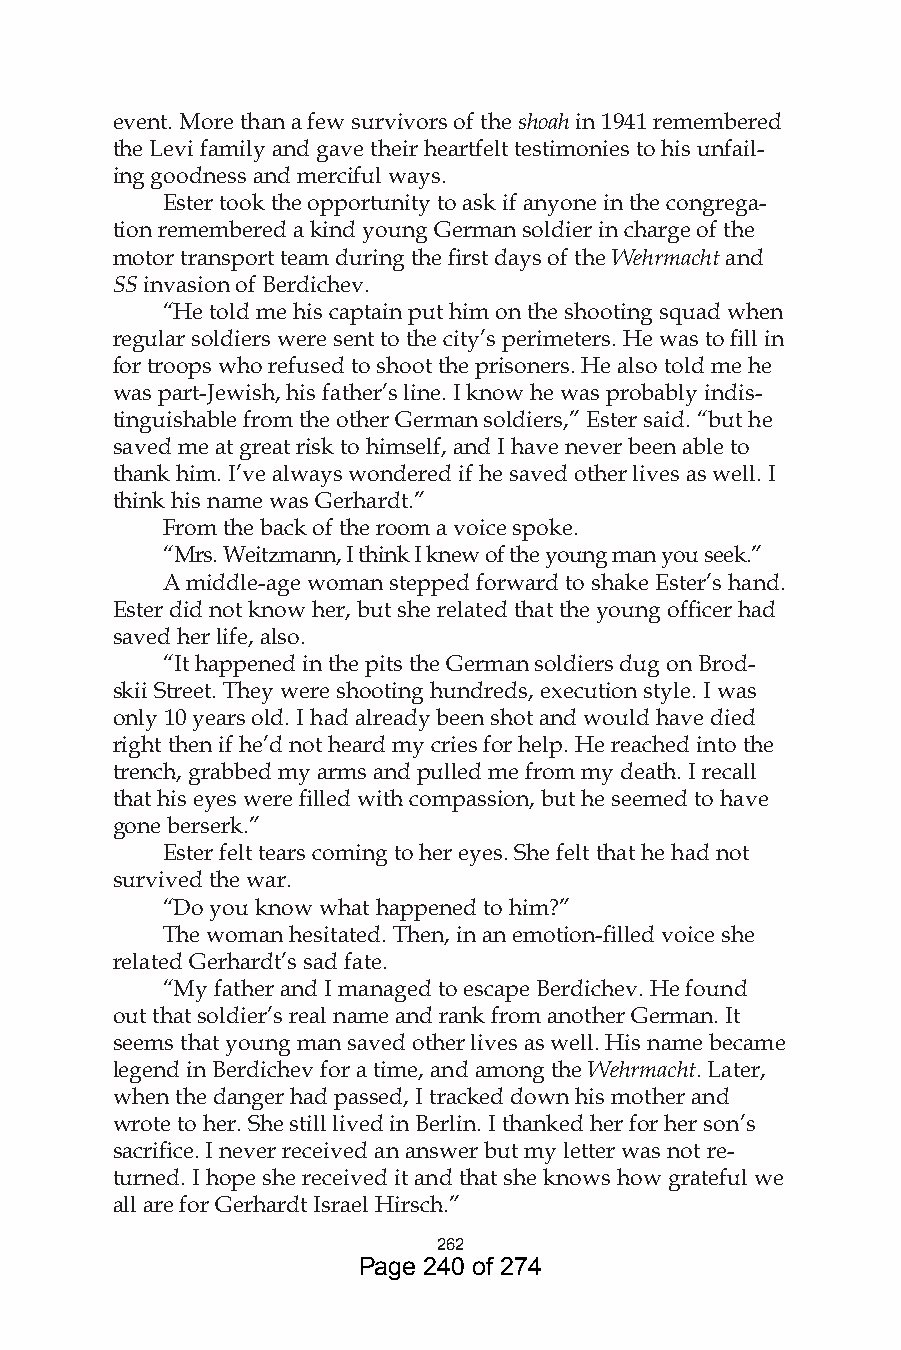
event. More than a few survivors of the shoah in 1941 remembered
 the Levi family and gave their heartfelt testimonies to his unfail-
 ing goodness and merciful ways.
 Ester took the opportunity to ask if anyone in the congrega-
 tion remembered a kind young German soldier in charge of the
 motor transport team during the first days of the Wehrmacht and
 SS invasion of Berdichev.
 “He told me his captain put him on the shooting squad when
 regular soldiers were sent to the city’s perimeters. He was to fill in
 for troops who refused to shoot the prisoners. He also told me he
 was part-Jewish, his father’s line. I know he was probably indis-
 tinguishable from the other German soldiers,” Ester said. “but he
 saved me at great risk to himself, and I have never been able to
 thank him. I’ve always wondered if he saved other lives as well. I
 think his name was Gerhardt.”
 From the back of the room a voice spoke.
 “Mrs. Weitzmann, I think I knew of the young man you seek.”
 A middle-age woman stepped forward to shake Ester’s hand.
 Ester did not know her, but she related that the young officer had
 saved her life, also.
 “It happened in the pits the German soldiers dug on Brod-
 skii Street. They were shooting hundreds, execution style. I was
 only 10 years old. I had already been shot and would have died
 right then if he’d not heard my cries for help. He reached into the
 trench, grabbed my arms and pulled me from my death. I recall
 that his eyes were filled with compassion, but he seemed to have
 gone berserk.”
 Ester felt tears coming to her eyes. She felt that he had not
 survived the war.
 “Do you know what happened to him?”
 The woman hesitated. Then, in an emotion-filled voice she
 related Gerhardt’s sad fate.
 “My father and I managed to escape Berdichev. He found
 out that soldier’s real name and rank from another German. It
 seems that young man saved other lives as well. His name became
 legend in Berdichev for a time, and among the Wehrmacht. Later,
 when the danger had passed, I tracked down his mother and
 wrote to her. She still lived in Berlin. I thanked her for her son’s
 sacrifice. I never received an answer but my letter was not re-
 turned. I hope she received it and that she knows how grateful we
 all are for Gerhardt Israel Hirsch.”
 6
 Page 240 of 274